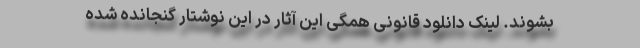
بشوند. لینک دانلود قانونی همگی این آثار در این نوشتار گنجانده شده